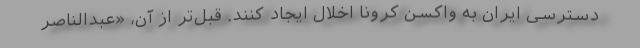
دسترسی ایران به واکسن کرونا اخلال ایجاد کنند. قبل‌تر از آن، «عبدالناصر